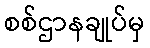
စစ်ဌာနချုပ်မှ